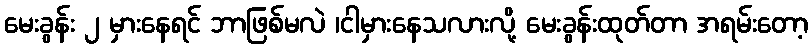
မေးခွန်း ၂ မှားနေရင် ဘာဖြစ်မလဲ ၊ငါမှားနေသလားလို့ မေးခွန်းထုတ်တာ အရမ်းတော့